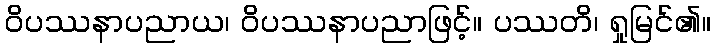
ဝိပဿနာပညာယ၊ ဝိပဿနာပညာဖြင့်။ ပဿတိ၊ ရှုမြင်၏။